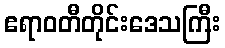
ဧရာဝတီတိုင်းဒေသကြီး